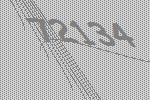
72134